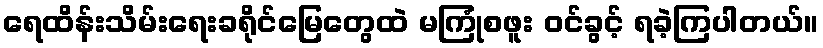
ရေထိန်းသိမ်းရေးခရိုင်မြေတွေထဲ မကြုံစဖူး ဝင်ခွင့် ရခဲ့ကြပါတယ်။